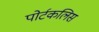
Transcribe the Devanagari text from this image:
पोर्टकलिस